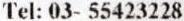
TEL: 03- 55423228